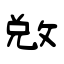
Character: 敓